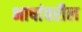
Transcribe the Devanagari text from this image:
भाषांवरील